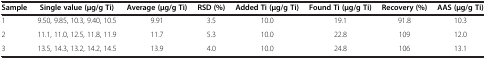
| Sample | Single value (μg/g Ti) | Average (μg/g Ti) | RSD (%) | Added Ti (μg/g Ti) | Found Ti (μg/g Ti) | Recovery (%) | AAS (μg/g Ti) |
 | --- | --- | --- | --- | --- | --- | --- | --- |
 | 1 | 9.50, 9.85, 10.3, 9.40, 10.5 | 9.91 | 3.5 | 10.0 | 19.1 | 91.8 | 10.3 |
 | 2 | 11.1, 11.0, 12.5, 11.8, 11.9 | 11.7 | 5.3 | 10.0 | 22.8 | 109 | 12.0 |
 | 3 | 13.5, 14.3, 13.2, 14.2, 14.5 | 13.9 | 4.0 | 10.0 | 24.8 | 106 | 13.1 |